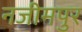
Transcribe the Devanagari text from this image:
नजीमपुर